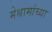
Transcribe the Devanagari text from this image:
मेश्रामांच्या